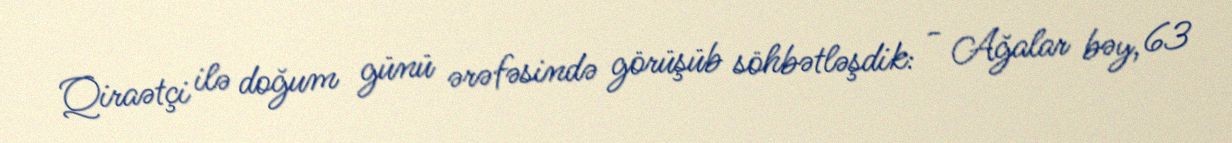
Qiraətçi ilə doğum günü ərəfəsində görüşüb söhbətləşdik: - Ağalar bəy, 63